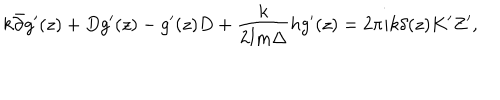
LaTeX: k \bar { \partial } g ^ { \prime } ( z ) + D g ^ { \prime } ( z ) - g ^ { \prime } ( z ) D + \frac { k } { 2 { \mathrm { I m } } \Delta } h g ^ { \prime } ( z ) = 2 \pi i k \delta ( z ) K ^ { \prime } Z ^ { \prime } , \nonumber